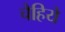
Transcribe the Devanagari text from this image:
चैहिये